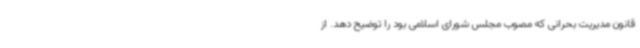
قانون مدیریت بحرانی که مصوب مجلس شورای اسلامی بود را توضیح دهد. از